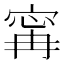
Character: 𡩋